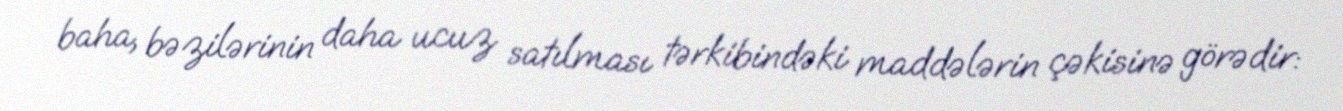
baha, bəzilərinin daha ucuz satılması tərkibindəki maddələrin çəkisinə görədir: